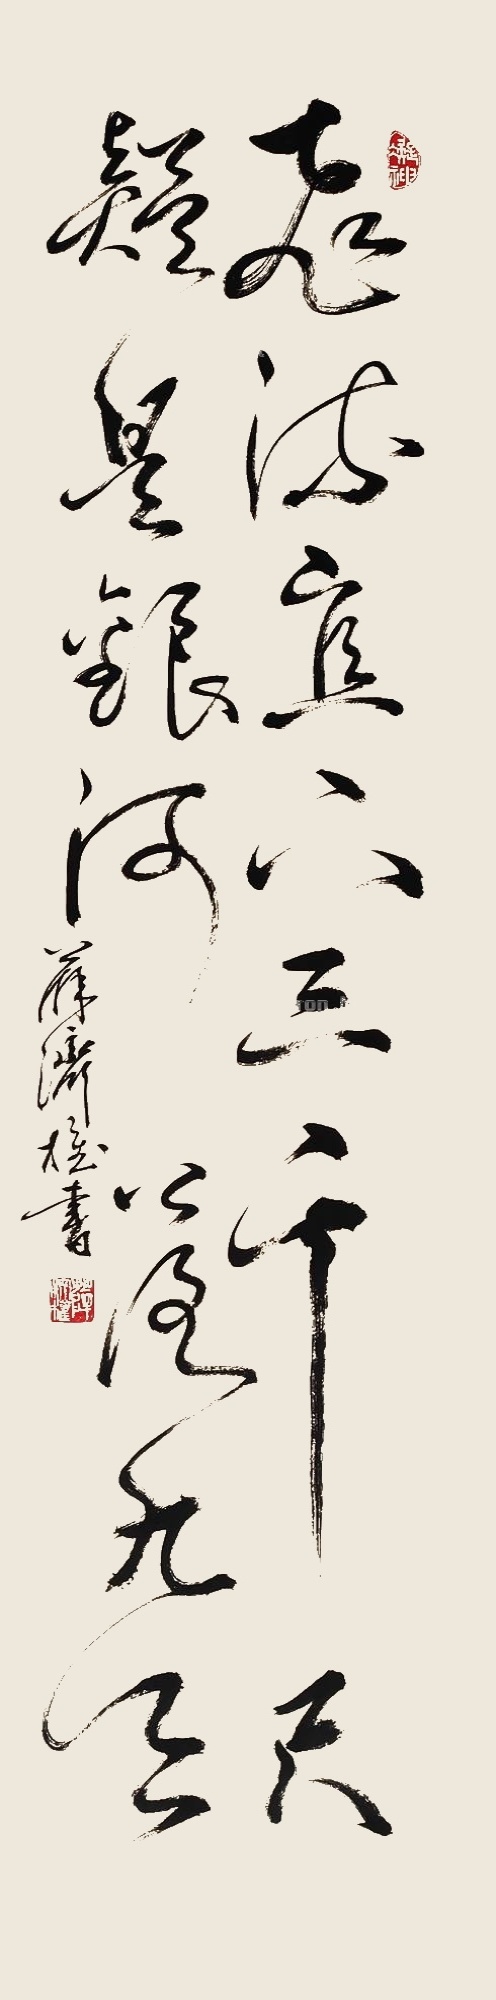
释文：飞流直下三千尺，疑是银河落九天。薛济权书